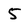
Character: 5